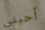
أحبني